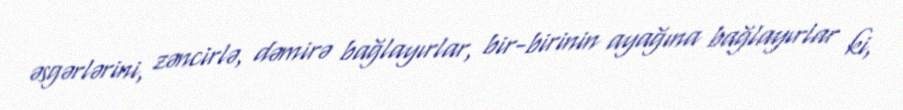
əsgərlərini, zəncirlə, dəmirə bağlayırlar, bir-birinin ayağına bağlayırlar ki,